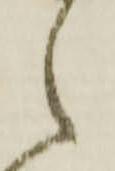
之